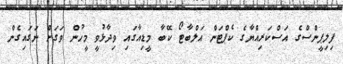
ފިލިޕީންސްގެ އަސްކަރިއްޔާގެ ކެޕްޓަން އަލްބާޓޯ ކޭބާ މީޑިއާގައި ވިދާޅުވީ މީހުން ވަގަށް ނަގައިގެން